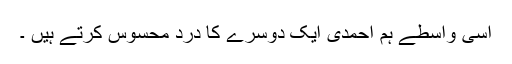
اسی واسطے ہم احمدی ایک دوسرے کا درد محسوس کرتے ہیں ۔